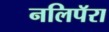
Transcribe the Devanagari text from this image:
नलिपॅरा